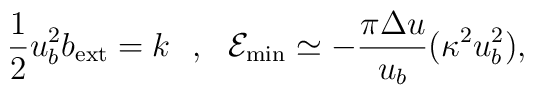
\frac{1}{2}u^2_bb_{\rm ext}=k\ \ ,\ \ {\cal E}_{\rm min}\simeq -\frac{\pi\Delta u}{u_b}(\kappa^2u^2_b),